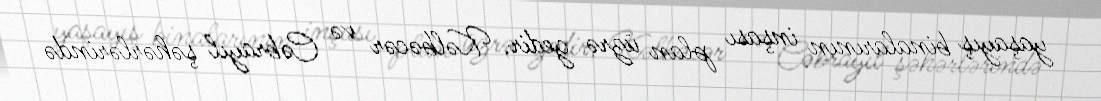
yaşayış binalarının inşası plan üzrə gedir, Kəlbəcər və Cəbrayıl şəhərlərində